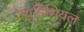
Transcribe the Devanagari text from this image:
ज्युडिशियल